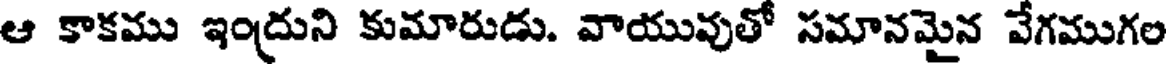
ఆ కాకము ఇంద్రుని కుమారుడు. వాయువుతో సమానమైన వేగముగల